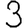
Digit: 3